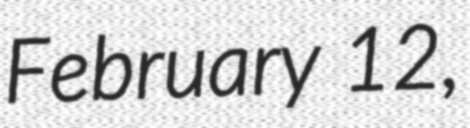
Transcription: February 12,